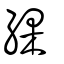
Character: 綶